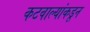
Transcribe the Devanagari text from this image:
कटवाल्यांकडून